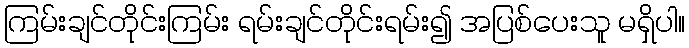
ကြမ်းချင်တိုင်းကြမ်း ရမ်းချင်တိုင်းရမ်း၍ အပြစ်ပေးသူ မရှိပါ။